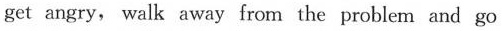
get angry, walk away from the problem and go